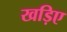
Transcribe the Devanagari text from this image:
खड़िए